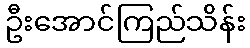
ဦးအောင်ကြည်သိန်း